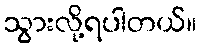
သွားလို့ရပါတယ်။